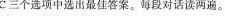
C三个选项中选出最佳答案。每段对话读两遍。